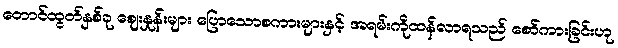
တောင်ထွတ်နှစ်ခု ဈေးနှုန်းများ ပြောသောစကားများနှင့် အရမ်းကိုထန်လာရသည် စော်ကားခြင်းဟု